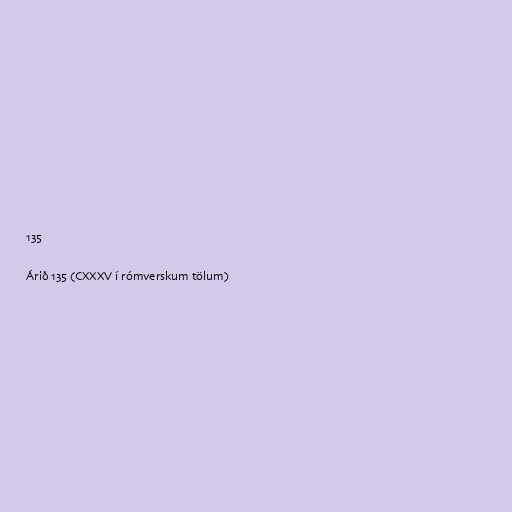
135

Árið 135 (CXXXV í rómverskum tölum)